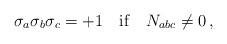
LaTeX: \begin{align*}\sigma_a \sigma_b \sigma_c = +1 \quad {\rm if } \quad N_{abc} \not= 0 \,,\end{align*}